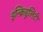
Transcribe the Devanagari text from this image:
इन्क्रिडूलिटी